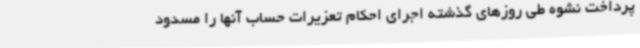
پرداخت نشوه طی روزهای گذشته اجرای احکام تعزیرات حساب آنها را مسدود